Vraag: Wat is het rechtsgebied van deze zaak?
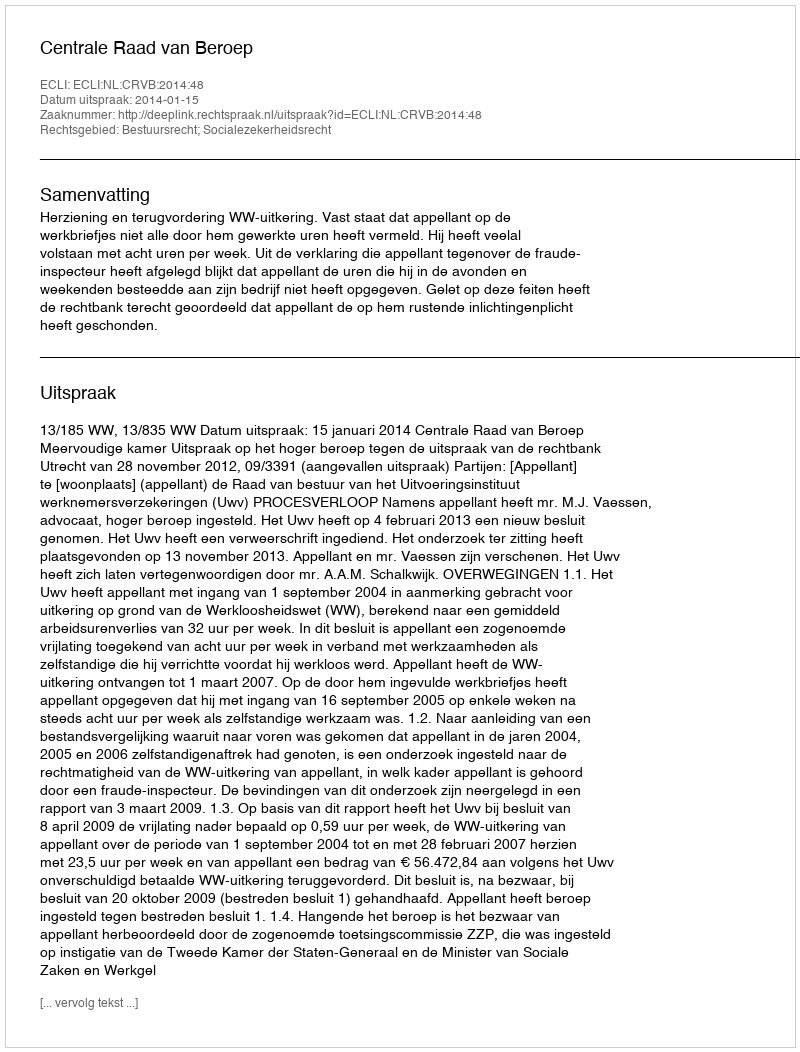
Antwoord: Bestuursrecht; Socialezekerheidsrecht